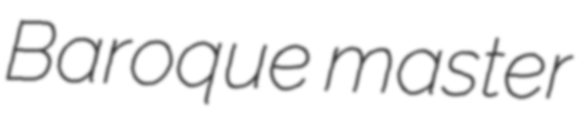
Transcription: Baroque master